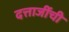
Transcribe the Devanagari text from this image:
दत्ताजींची